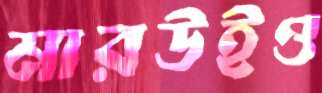
মারউইও